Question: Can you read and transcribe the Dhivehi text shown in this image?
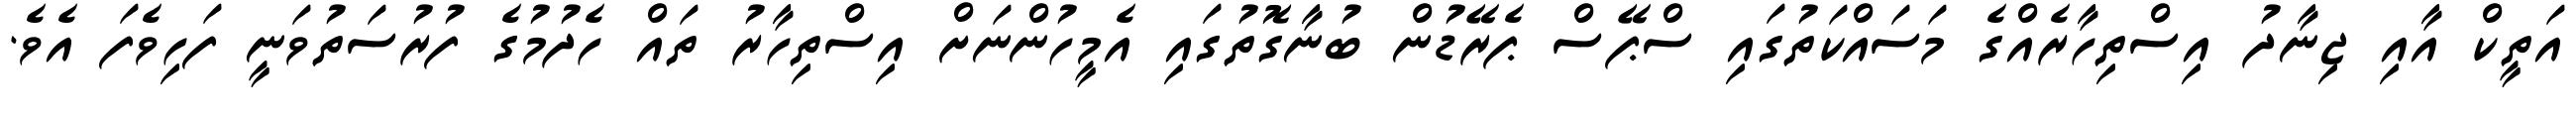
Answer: އަތީކް އާއި ޖިނާދު އިސްތިހާރެއްގެ މަސައްކަތުގައި ސްޕޭސް ޕެރޭޑުން ބުނާގޮތުގައި އެމީހުންނަށް އިސްތިހާރު ތައް ހެދުމުގެ ފުރުސަތުވަނީ ފަހިވެފަ އެވެ.